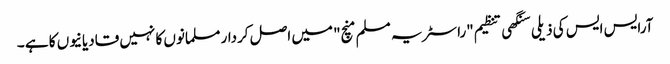
آرایس ایس کی ذیلی سنگھی تنظیم "راسٹریہ مسلم منچ" میں اصل کردار مسلمانوں کا نہیں قادیانیوں کا ہے ۔